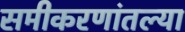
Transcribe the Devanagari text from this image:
समीकरणांतल्या